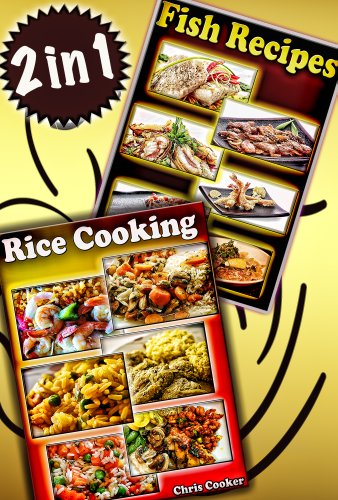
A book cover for Seduction Cooking: How To Prepare Seductive Rice, Grains and Seafood Treats For Breakfast, Lunch And Dinner?; Chris Cooker; Cookbooks, Food & Wine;